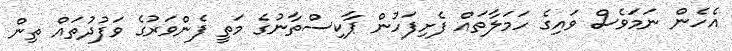
އެހެން ނަމަވެސް ވައިގެ ހަމަލާތައް ފެށިފަހުން ޕާކިސްތާނުގެ މަތީ ފެންވަރުގެ ވަފުދުތައް ތިން